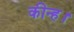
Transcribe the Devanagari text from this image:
कीन्‍ह।